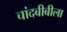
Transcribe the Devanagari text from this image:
चांदबीबीला